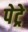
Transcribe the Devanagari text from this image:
पेट्रे